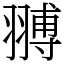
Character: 䎔